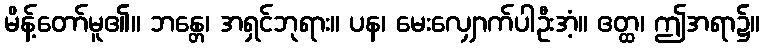
မိန့်တော်မူ၏။ ဘန္တေ၊ အရှင်ဘုရား။ ပန၊ မေးလျှောက်ပါဦးအံ့။ ဧတ္ထ၊ ဤအရာ၌။